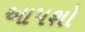
આપશો